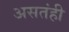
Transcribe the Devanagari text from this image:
असतंही